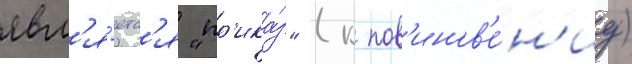
явл'я́етс'я "пр'ика́з" (к пов'инов'е́н'иу)